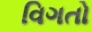
વિગતો